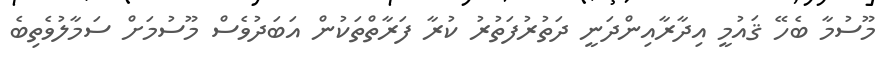
މޫސުމާ ބެހޭ ޤައުމީ އިދާރާއިންދަނީ ދަތުރުފަތުރު ކުރާ ފަރާތްތަކުން އަބަދުވެސް މޫސުމަށް ސަމާލުވެތިބެ